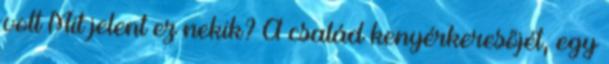
volt Mit jelent ez nekik? A család kenyérkeresőjét, egy